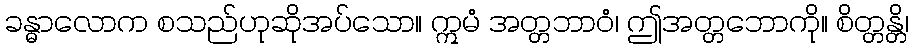
ခန္ဓာလောက စသည်ဟုဆိုအပ်သော။ ဣမံ အတ္တဘာဝံ၊ ဤအတ္တဘောကို။ စိတ္တန္တိ၊